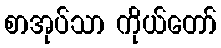
စာအုပ်သာ ကိုယ်တော်